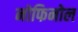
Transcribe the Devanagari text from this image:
नोफिनोल